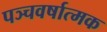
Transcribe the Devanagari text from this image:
पञ्चवर्षात्मक